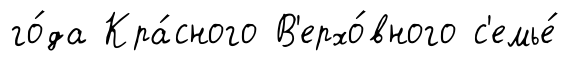
го́да Кра́сного В'ерхо́вного с'емье́